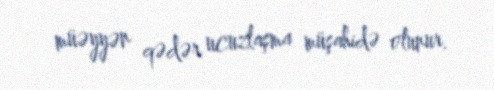
müəyyən qədər ucuzlaşma müşahidə olunur.